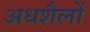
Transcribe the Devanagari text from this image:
अधशैलों